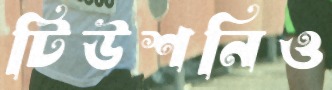
টিউশনিও